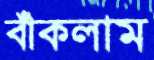
বাঁকলাম